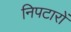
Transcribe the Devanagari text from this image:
निपटारों